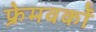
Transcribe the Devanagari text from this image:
फ्रेमवर्कों